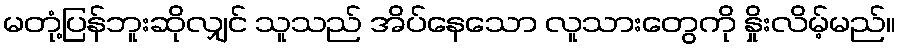
မတုံ့ပြန်ဘူးဆိုလျှင် သူသည် အိပ်နေသော လူသားတွေကို နှိုးလိမ့်မည်။